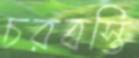
চরবস্তি